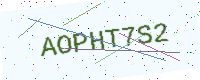
Text: AOPHT7S2